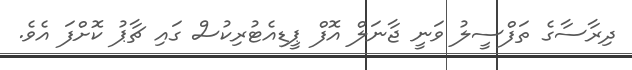
ދިރާސާގެ ތަފްސީލު ވަނީ ޖާނަލް އޮފް ޕީޑިއެޓުރިކުސް ގައި ޗާޕު ކޮށްފަ އެވެ.